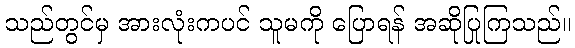
သည်တွင်မှ အားလုံးကပင် သူမကို ပြောရန် အဆိုပြုကြသည်။